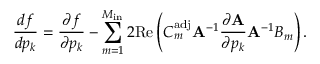
\frac { d f } { d p _ { k } } = \frac { \partial f } { \partial p _ { k } } - \sum _ { m = 1 } ^ { M _ { \mathrm { i n } } } 2 \mathrm { R e } \left( C _ { m } ^ { \mathrm { a d j } } \mathbf { A } ^ { - 1 } \frac { \partial \mathbf { A } } { \partial p _ { k } } \mathbf { A } ^ { - 1 } B _ { m } \right) .